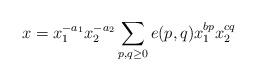
LaTeX: \begin{align*}x=x_1^{-a_1} x_2^{-a_2} \sum_{p,q \geq 0} e(p,q) x_1^{bp} x_2^{cq}\end{align*}